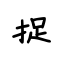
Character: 捉